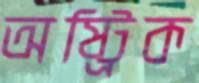
অষ্ট্রিক